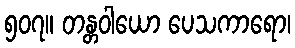
၅၀၇။ တန္တဝါယော ပေသကာရော၊